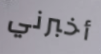
أخبرني